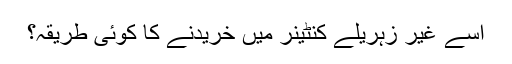
اسے غیر زہریلے کنٹینر میں خریدنے کا کوئی طریقہ؟